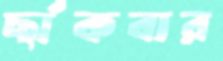
ছাঁকবার